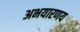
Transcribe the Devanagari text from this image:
अभयारणय